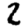
Digit: 2